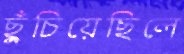
ছুঁচিয়েছিলে